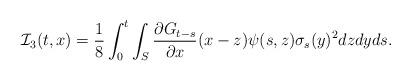
LaTeX: \begin{align*}\mathcal{I}_3(t,x)= \frac{1}{8}\int_0^t \int_{S} \frac{\partial G_{t-s}}{\partial x} (x-z) \psi(s,z) \sigma_s(y)^2 dz dy ds.\end{align*}